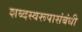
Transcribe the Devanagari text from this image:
शब्दस्वरूपासंबंधी